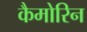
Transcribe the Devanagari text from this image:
कैमोरिन